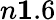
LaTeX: n\le 1.6